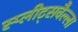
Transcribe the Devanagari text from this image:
स्प्लीट्सवैल्ला